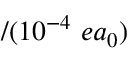
/ ( 1 0 ^ { - 4 } ~ e a _ { 0 } )